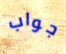
جواب